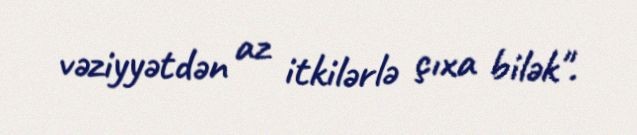
vəziyyətdən az itkilərlə çıxa bilək".